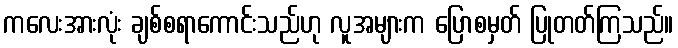
ကလေးအားလုံး ချစ်စရာကောင်းသည်ဟု လူအများက ပြောစမှတ် ပြုတတ်ကြသည်။